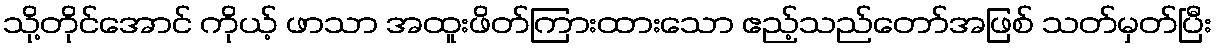
သို့တိုင်အောင် ကိုယ့် ဖာသာ အထူးဖိတ်ကြားထားသော ဧည့်သည်တော်အဖြစ် သတ်မှတ်ပြီး